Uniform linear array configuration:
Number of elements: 32
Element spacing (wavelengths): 0.5
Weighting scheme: cosine
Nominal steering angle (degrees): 0
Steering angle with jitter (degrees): -0.2626
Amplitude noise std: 0.05
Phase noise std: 0.05

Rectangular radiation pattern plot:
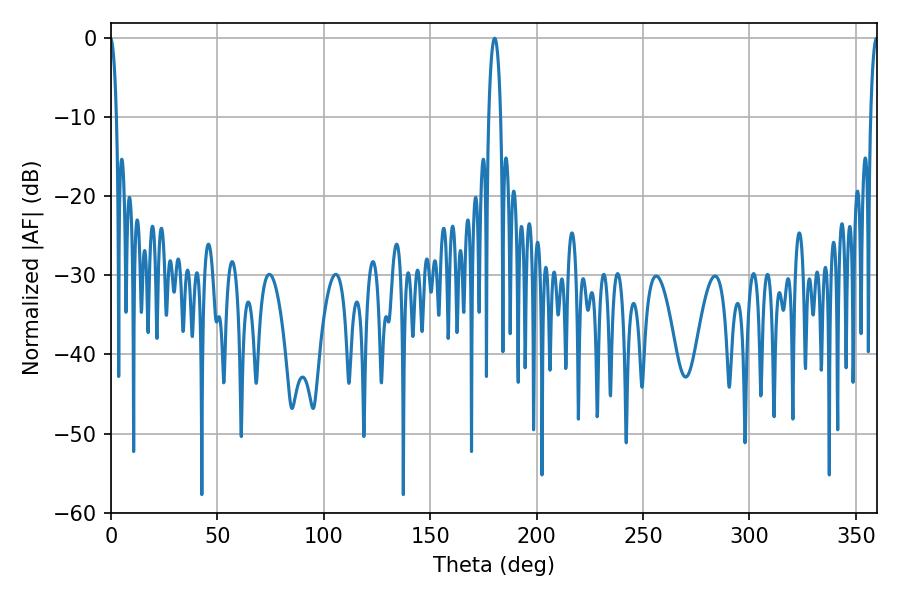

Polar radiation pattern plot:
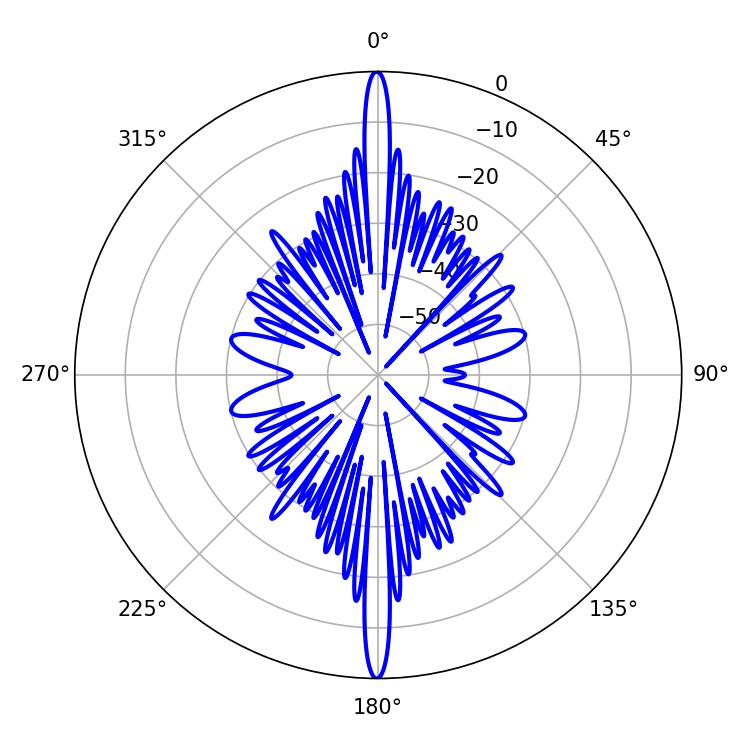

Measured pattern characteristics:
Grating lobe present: FALSE
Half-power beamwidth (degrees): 3.06
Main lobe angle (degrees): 180.36